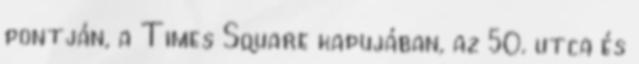
pontján, a Times Square kapujában, az 50. utca és